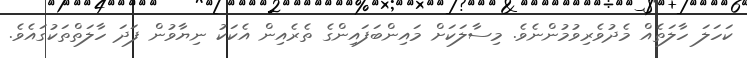
ކަހަލަ ހާލަތެއް މެދުވެރިވުމުންނެވެ. މިސާލަކަށް މައިންބަފައިންގެ ތެރެއިން އެކަކު ނިޔާވުން ފަދަ ހާލަތްތަކުގައެވެ.